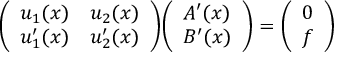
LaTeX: { \left( \begin{array} { l l } { u _ { 1 } ( x ) } & { u _ { 2 } ( x ) } \\ { u _ { 1 } ^ { \prime } ( x ) } & { u _ { 2 } ^ { \prime } ( x ) } \end{array} \right) } { \left( \begin{array} { l } { A ^ { \prime } ( x ) } \\ { B ^ { \prime } ( x ) } \end{array} \right) } = { \left( \begin{array} { l } { 0 } \\ { f } \end{array} \right) }